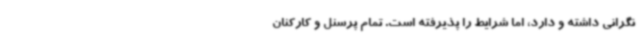
نگرانی داشته و دارد، اما شرایط را پذیرفته است. تمام پرسنل و کارکنان